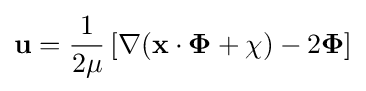
\mathbf {u} ={1 \over {2\mu }}\left[\nabla (\mathbf {x} \cdot \mathbf {\Phi } +\chi )-2\mathbf {\Phi } \right]